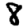
Digit: 8